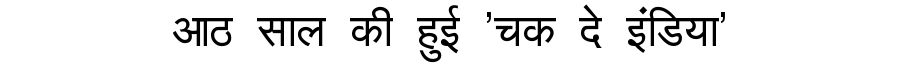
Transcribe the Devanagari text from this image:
आठ साल की हुई 'चक दे इंडिया'